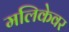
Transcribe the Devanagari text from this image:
मलिकेवर